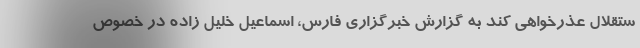
ستقلال عذرخواهی کند به گزارش خبرگزاری فارس، اسماعیل خلیل زاده در خصوص